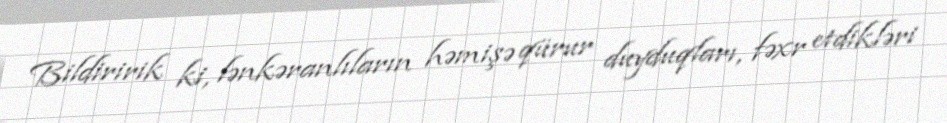
Bildiririk ki, lənkəranlıların həmişə qürur duyduqları, fəxr etdikləri